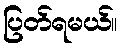
ပြတ်ရမယ်။